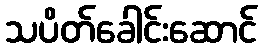
သပိတ်ခေါင်းဆောင်